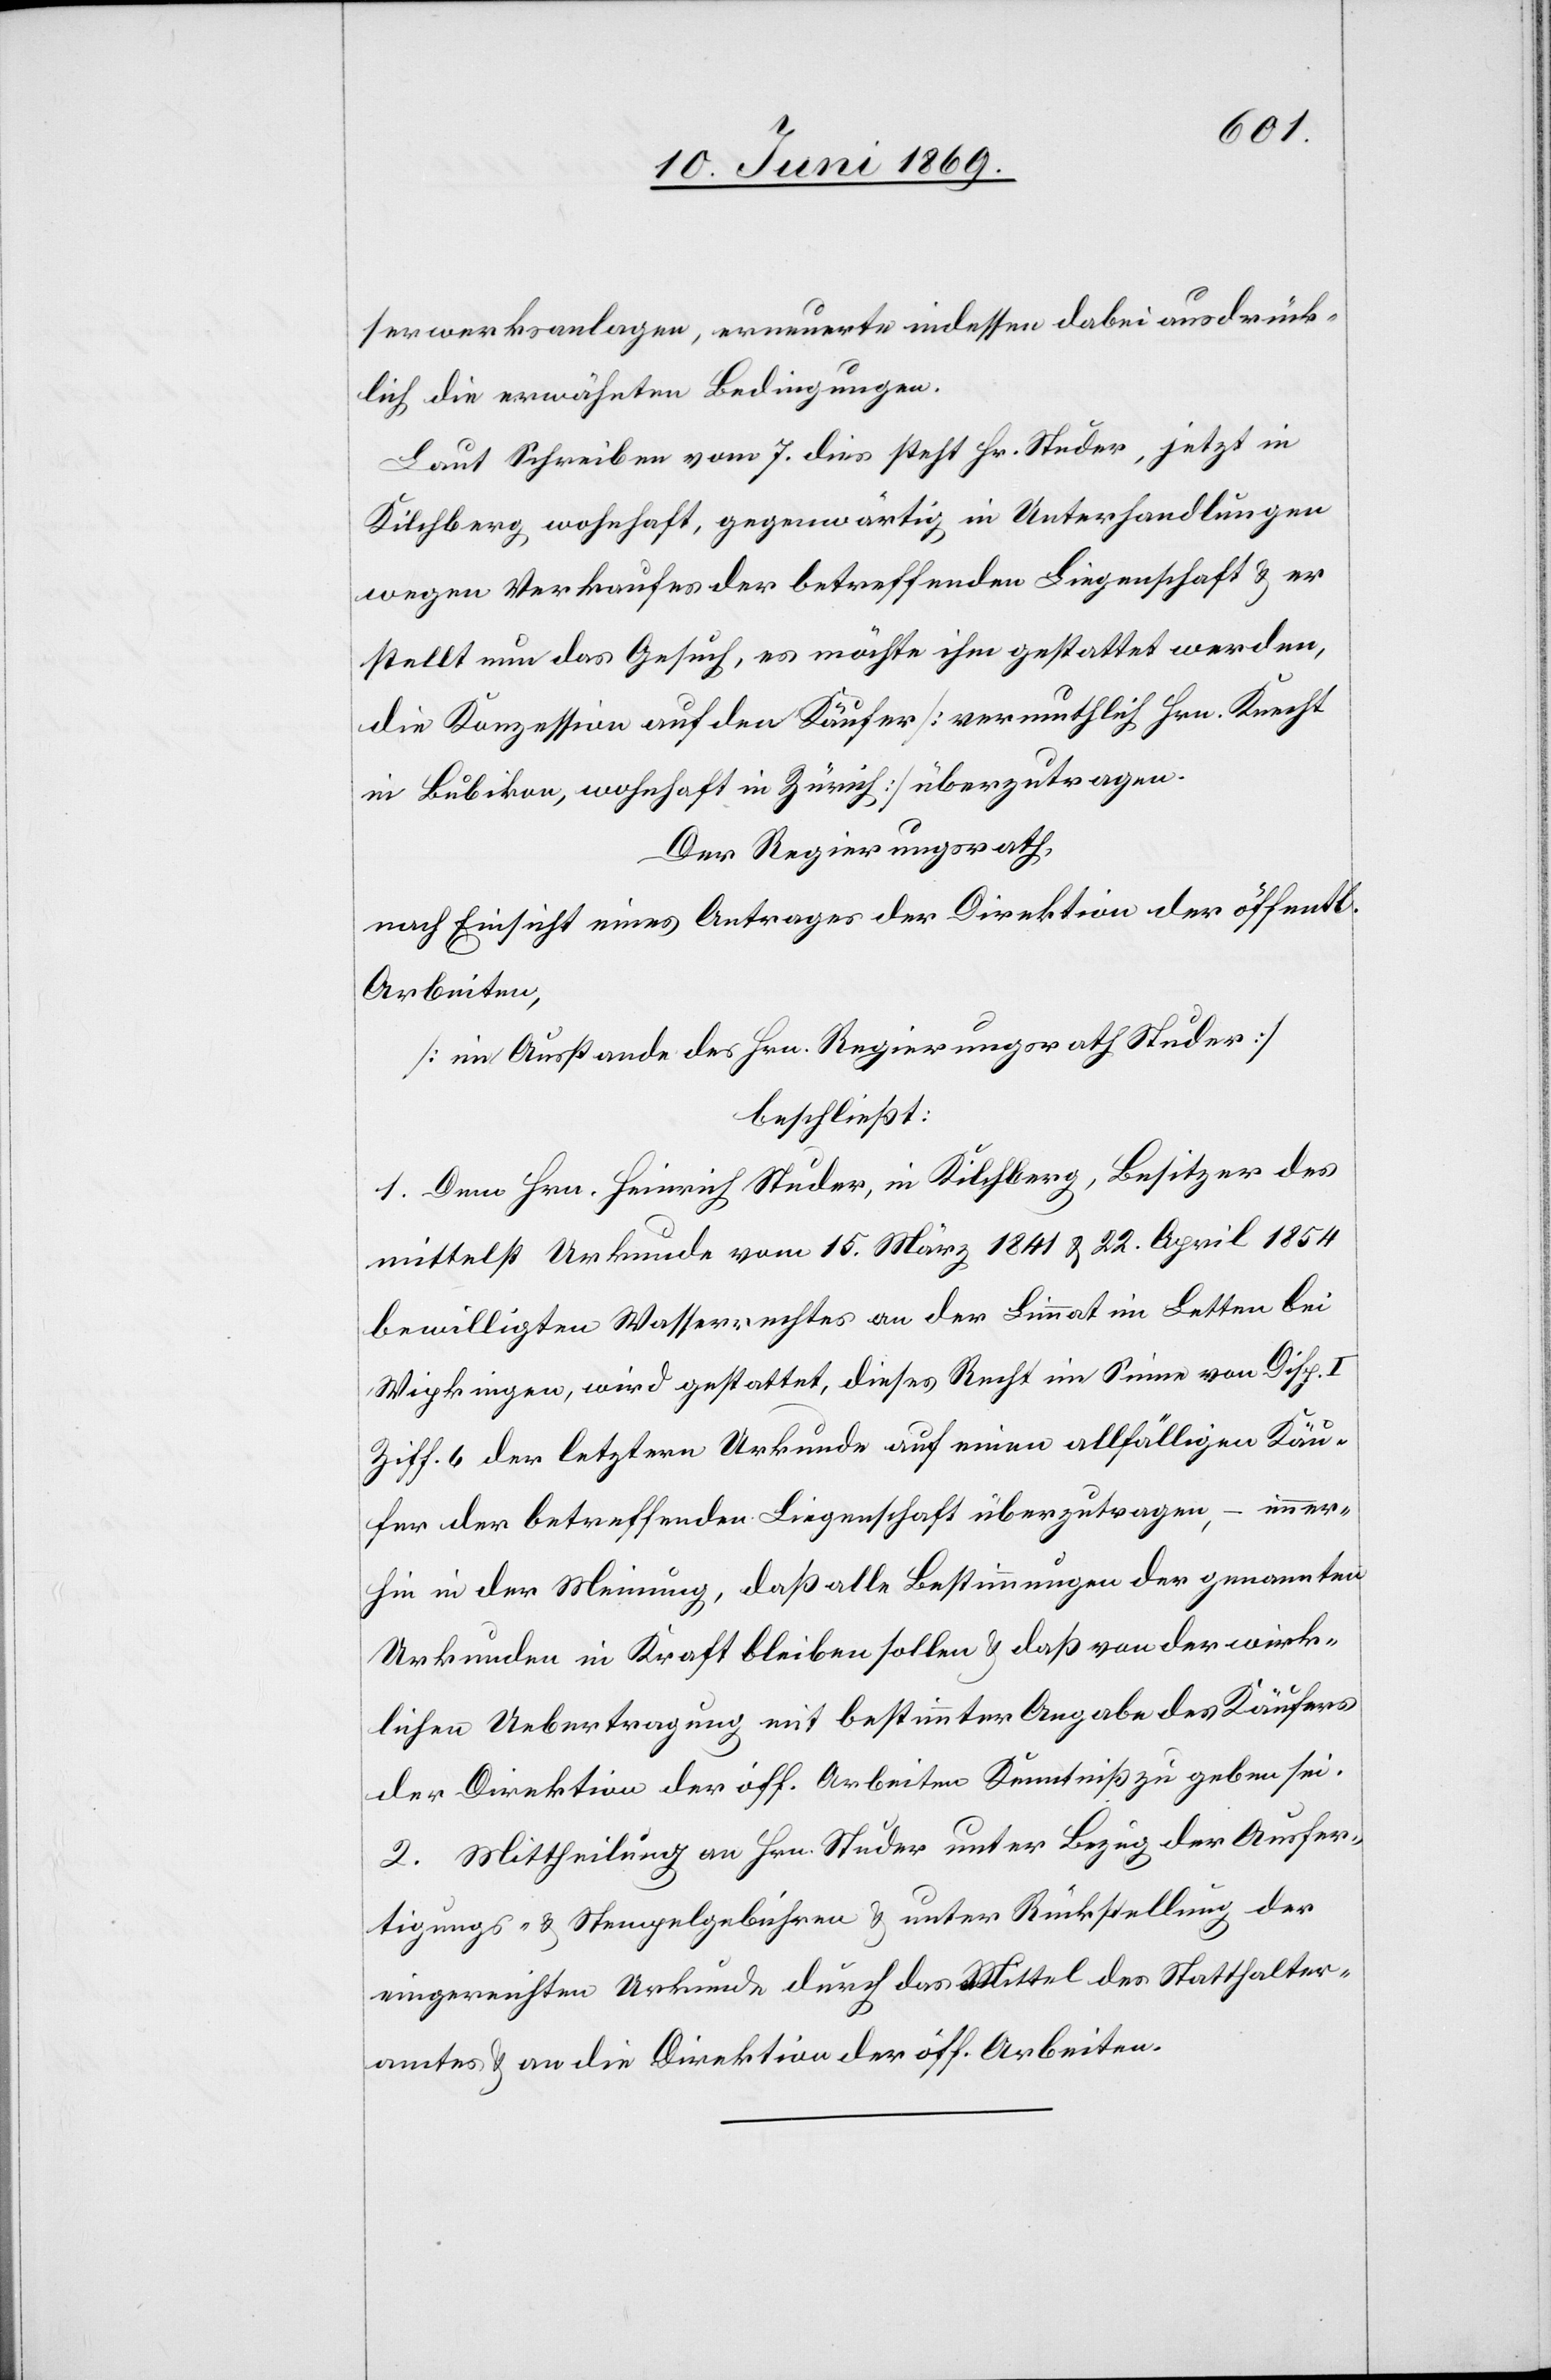
serwerkanlagen, erneuerte indessen dabei ausdrück¬
lich die erwähnten Bedingungen.
Laut Schreiben vom 7 dies steht Hr. Studer, jetzt in
Kilchberg, wohnhaft, gegenwärtig in Unterhandlungen
wegen Verkaufes der betreffenden Liegenschaft u. er
stellt nun das Gesuch, es möchte ihm gestattet werden,
die Konzession auf den Käufer [vermutlich Hrn. Knecht
in Bubikon, wohnhaft in Zürich] überzutragen.
Der Regierungsrath,
nach Einsicht eines Antrages der Direktion der öff.
Arbeiten,
[im Ausstande des Hrn. Regierungsrath Studer]
beschließt:
1. Dem Hrn. Heinrich Studer, in Kilchberg, Besitzer des
mittelst Urkunde vom 15 März 1841 u. 22 April 1854
bewilligten Wasserrechtes an der Limmat im Letten bei
Wipkingen, wird gestattet, dieses Recht im Sinne von Disp. I
Ziff. 6 der letztern Urkunde auf einen allfälligen Käu¬
fer der betreffenden Liegenschaft überzutragen, – immer¬
hin in der Meinung, daß alle Bestimmungen der genannten
Urkunden in Kraft bleiben sollen u. daß von der wirk¬
lichen Uebertragung mit bestimmter Angabe des Käufers
der Direktion der öff. Arbeiten Kenntniß zu geben sei.
2. Mittheilung an Hrn. Studer unter Bezug der Ausfer¬
tigungs- u. Stempelgebühren u. unter Rückstellung der
eingereichten Urkunde durch das Mittel des Statthalter¬
amtes u. an die Direktion der öff. Arbeiten.